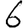
Digit: 6